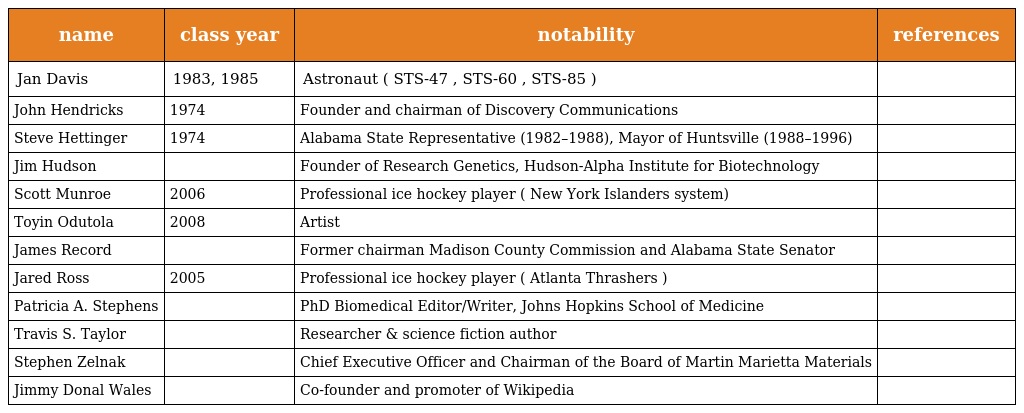
| name | class year | notability | references |
 | --- | --- | --- | --- |
 | Jan Davis | 1983, 1985 | Astronaut ( STS-47 , STS-60 , STS-85 ) |  |
 | John Hendricks | 1974 | Founder and chairman of Discovery Communications |  |
 | Steve Hettinger | 1974 | Alabama State Representative (1982–1988), Mayor of Huntsville (1988–1996) |  |
 | Jim Hudson |  | Founder of Research Genetics, Hudson-Alpha Institute for Biotechnology |  |
 | Scott Munroe | 2006 | Professional ice hockey player ( New York Islanders system) |  |
 | Toyin Odutola | 2008 | Artist |  |
 | James Record |  | Former chairman Madison County Commission and Alabama State Senator |  |
 | Jared Ross | 2005 | Professional ice hockey player ( Atlanta Thrashers ) |  |
 | Patricia A. Stephens |  | PhD Biomedical Editor/Writer, Johns Hopkins School of Medicine |  |
 | Travis S. Taylor |  | Researcher & science fiction author |  |
 | Stephen Zelnak |  | Chief Executive Officer and Chairman of the Board of Martin Marietta Materials |  |
 | Jimmy Donal Wales |  | Co-founder and promoter of Wikipedia |  |